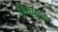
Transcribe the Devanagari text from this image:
शिवपल